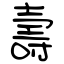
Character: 壽